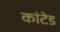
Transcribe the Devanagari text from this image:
कांटेड